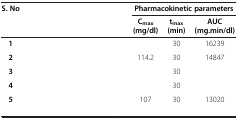
<table><thead><tr><td><b>S. No</b></td><td>[EMPTY_CELL]</td><td colspan="3"><b>Pharmacokinetic parameters</b></td></tr><tr><td>[EMPTY_CELL]</td><td>[EMPTY_CELL]</td><td><b>C<sub>max </sub>(mg/dl)</b></td><td><b>t<sub>max </sub>(min)</b></td><td><b>AUC (mg.min/dl)</b></td></tr></thead><tbody><tr><td><b>1</b></td><td>[EMPTY_CELL]</td><td>[EMPTY_CELL]</td><td>30</td><td>16239</td></tr><tr><td><b>2</b></td><td>[EMPTY_CELL]</td><td>114.2</td><td>30</td><td>14847</td></tr><tr><td><b>3</b></td><td>[EMPTY_CELL]</td><td>[EMPTY_CELL]</td><td>30</td><td>[EMPTY_CELL]</td></tr><tr><td><b>4</b></td><td>[EMPTY_CELL]</td><td>[EMPTY_CELL]</td><td>30</td><td>[EMPTY_CELL]</td></tr><tr><td><b>5</b></td><td>[EMPTY_CELL]</td><td>107</td><td>30</td><td>13020</td></tr></tbody></table>